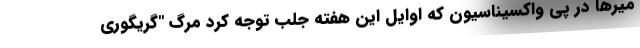
میرها در پی واکسیناسیون که اوایل این هفته جلب توجه کرد مرگ "گریگوری